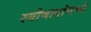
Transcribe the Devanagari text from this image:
स्त्रीवादांमध्ये